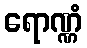
ရောဏ္ဏံ